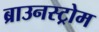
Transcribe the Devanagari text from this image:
ब्राउनस्ट्रोम